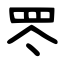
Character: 罖